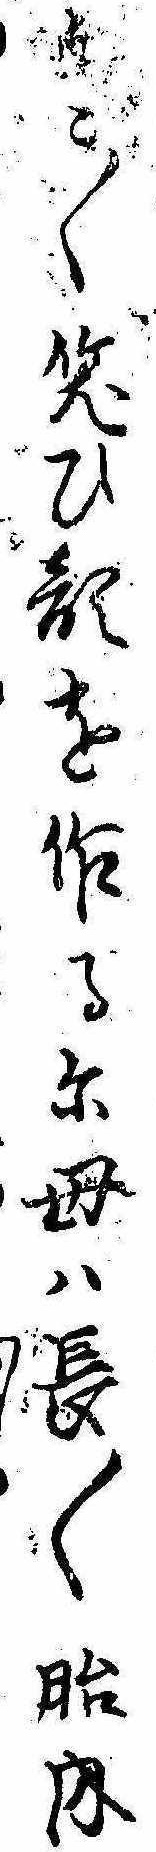
にこ〱笑ひ顔を作るに母は長〱胎内